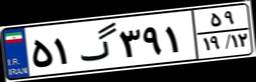
۵۱گ۳۹۱۵۹